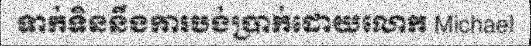
ទាក់ទិននឹងការបង់ប្រាក់ដោយលោក Michael